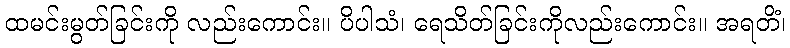
ထမင်းမွတ်ခြင်းကို လည်းကောင်း။ ပိပါသံ၊ ရေသိတ်ခြင်းကိုလည်းကောင်း။ အရတိံ၊